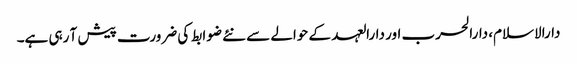
دارالاسلام، دارالحرب اور دارالعہد کے حوالے سے نئے ضوابط کی ضرورت پیش آ رہی ہے۔